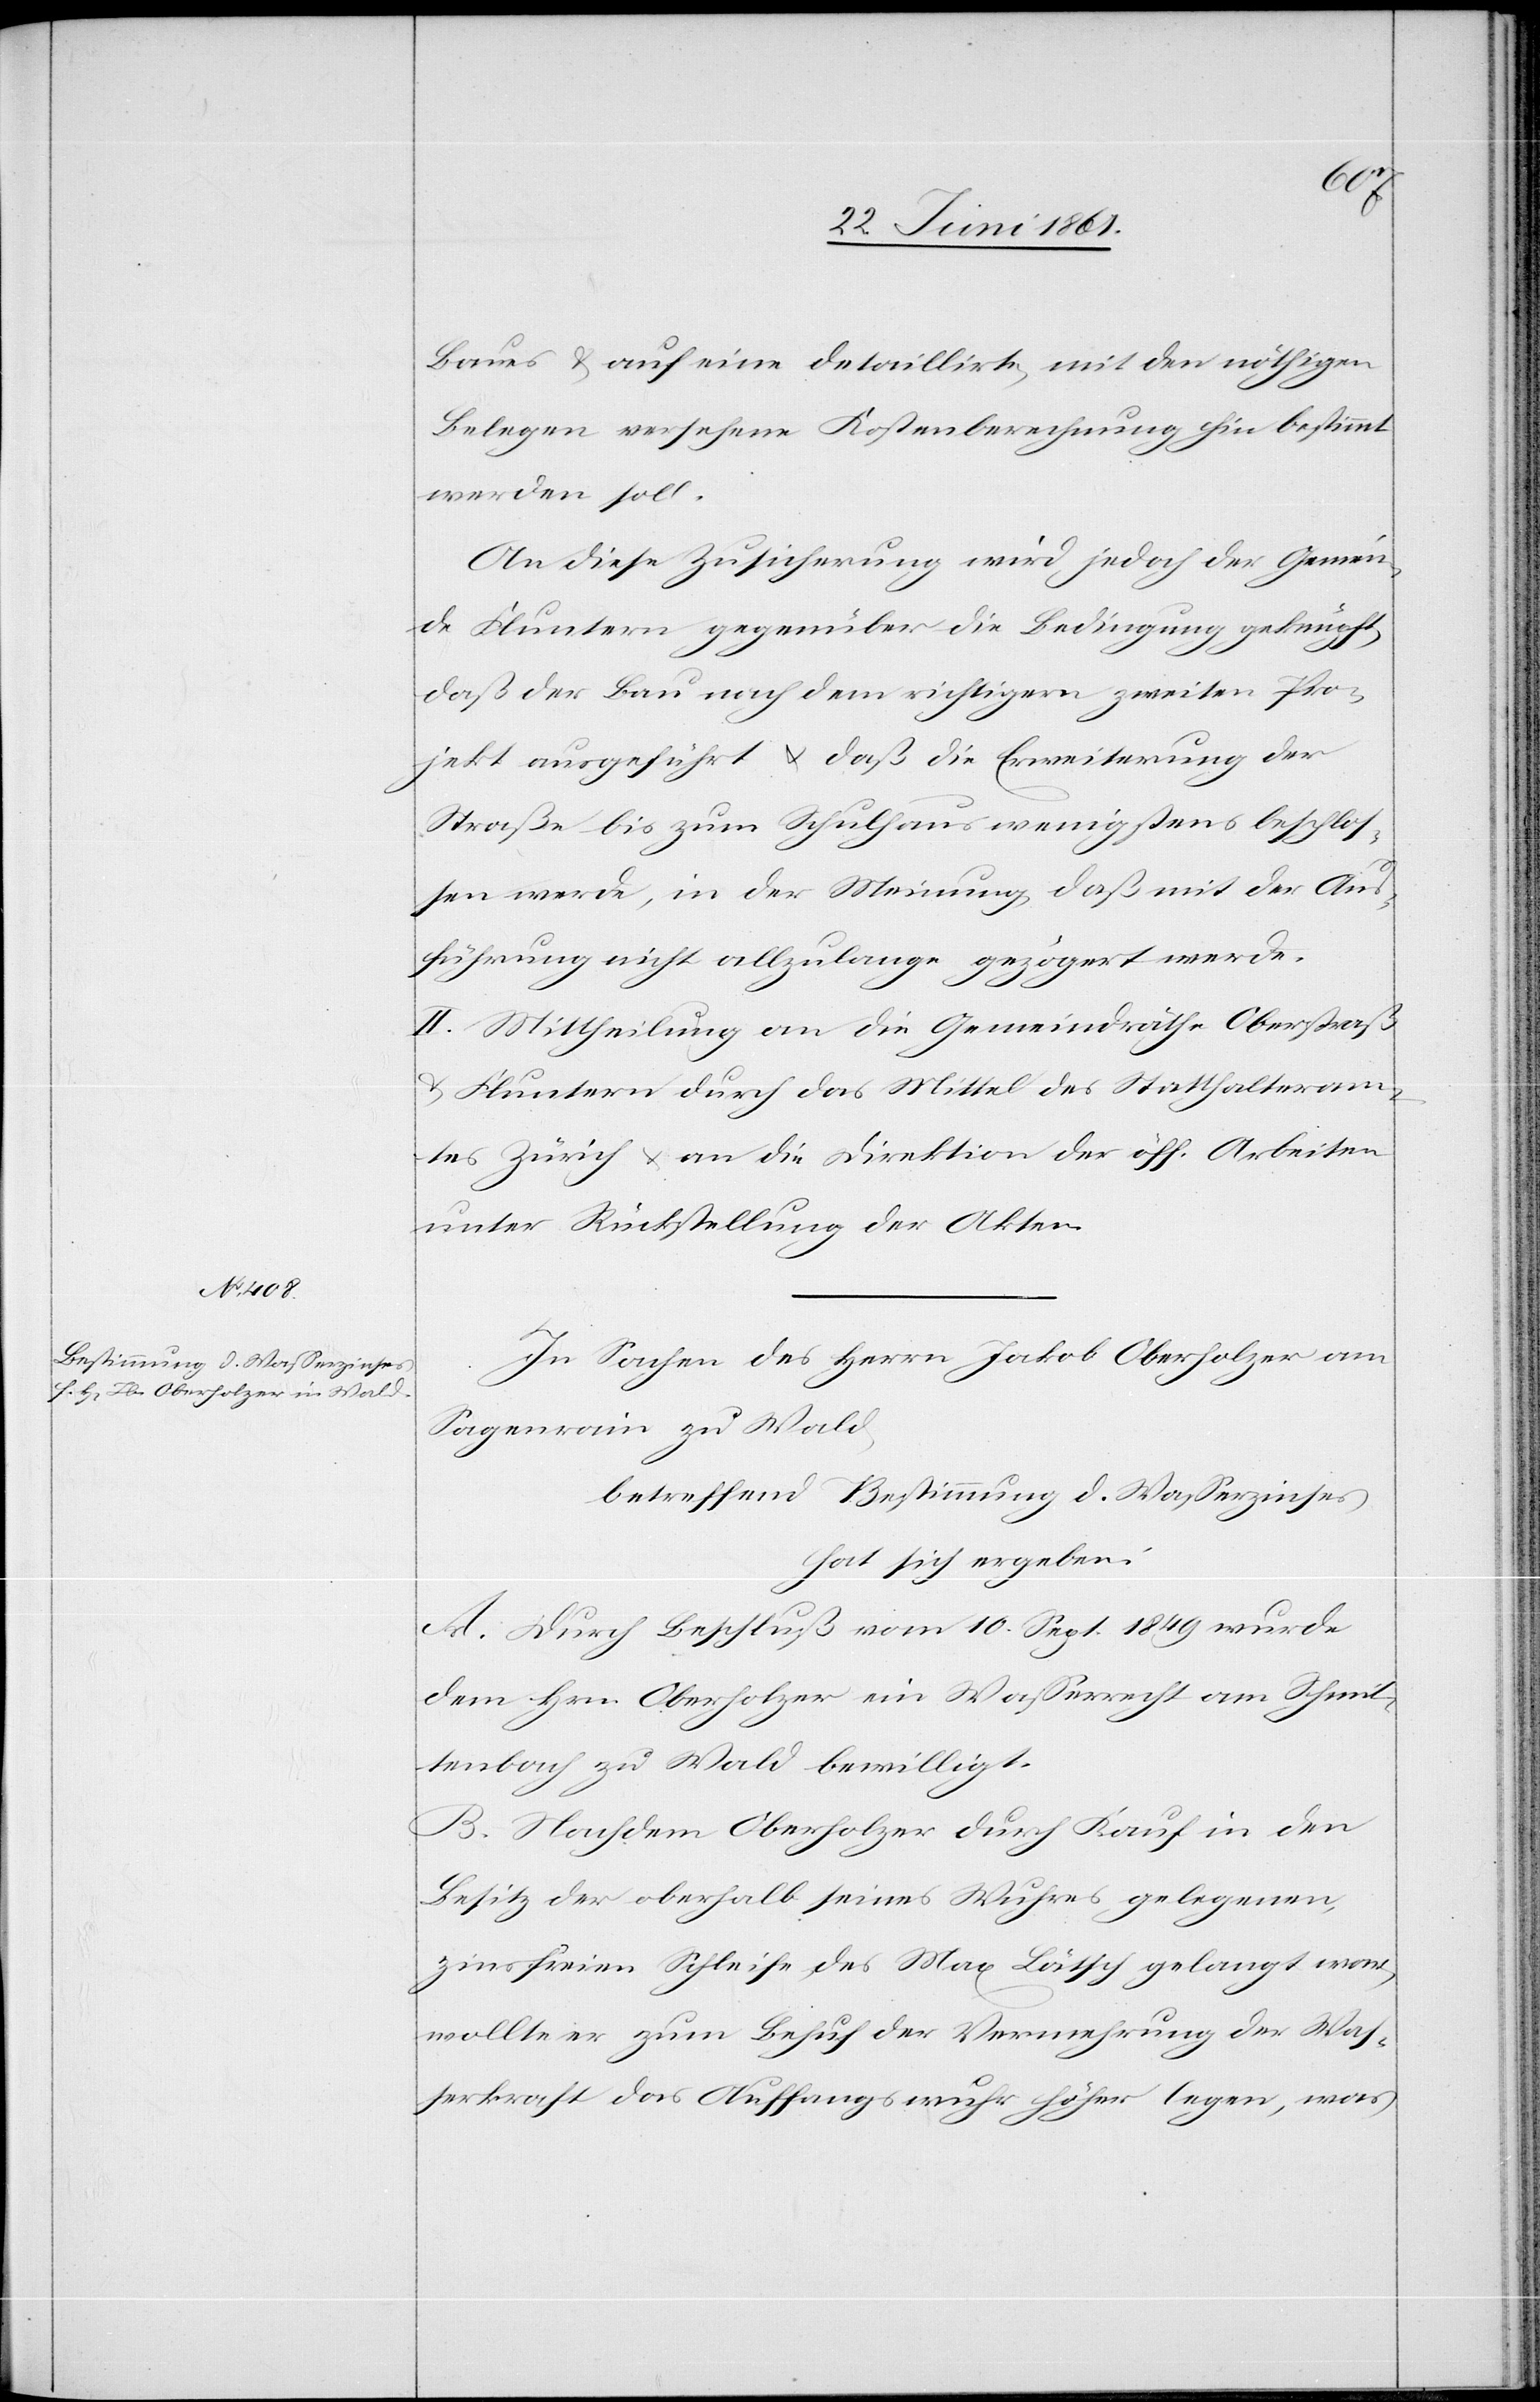
Baues u. auf eine detaillirte, mit den nöthigen
Belegen versehene Kostenberechnung hin bestimmt
werden soll.
An diese Zusicherung wird jedoch der Gemein¬
de Fluntern gegenüber die Bedingung geknüpft,
daß der Bau nach dem richtigern zweiten Pro¬
jekt ausgeführt u. daß die Erweiterung der
Straße bis zum Schulhaus wenigstens beschlos¬
sen werde, in der Meinung, daß mit der Aus¬
führung nicht allzulange gezögert werde.
II. Mittheilung an die Gemeindrähe Oberstraß
u. Fluntern durch das Mittel des Statthalteram¬
tes Zürich u. an die Direktion der öff. Arbeiten
unter Rückstellung der Akten.
In Sachen des Herrn Jakob Oberholzer am
Sagenrain zu Wald,
betreffend Bestimmung d. Wasserzinses
hat sich ergeben:
A. Durch Beschluß vom 10. Sept. 1849 wurde
dem Hrn. Oberholzer ein Wasserrecht am Schmit¬
tenbach zu Wald bewilligt.
B. Nachdem Oberholzer durch Kauf in den
Besitz der oberhalb seines Wuhres gelegenen,
zinsfreien Schleife des Max Lätsch gelangt war,
wollte er zum Behuf der Vermehrung der Was¬
serkraft das Auffangswuhr höher legen, was